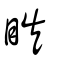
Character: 䀢